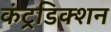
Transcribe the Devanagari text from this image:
कंट्रडिक्शन